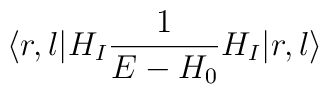
\langle r, l | H_I {1\over E-H_0} H_I | r,l \rangle